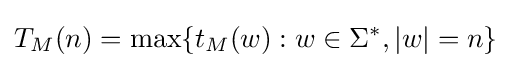
T_{M}(n)=\max\{t_{M}(w):w\in \Sigma ^{*},|w|=n\}